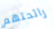
رائحتهم